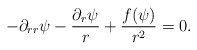
\begin{align*}-\partial_{rr}\psi-\frac{\partial_r\psi}{r}+\frac{f(\psi)}{r^2}=0.\end{align*}